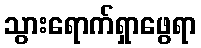
သွားရောက်ရှာဖွေရာ